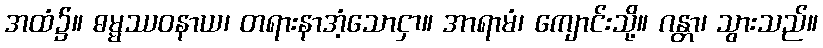
အထံ၌။ ဓမ္မဿဝနာယ၊ တရားနာအံ့သောငှာ။ အာရာမံ၊ ကျောင်းသို့။ ဂန္တာ၊ သွားသည်။